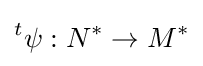
{}^{t}\psi :N^{*}\to M^{*}